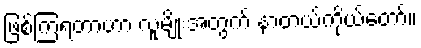
ဖြစ်ကြရတာဟာ လူမျိုးအတွက် နာတယ်ကိုယ်တော်။